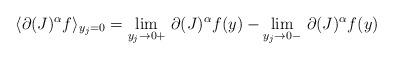
LaTeX: \begin{align*}\langle \partial(J)^\alpha f\rangle_{y_j=0} =\underset{y_j\to 0+}{\lim}\ \partial(J)^\alpha f(y) - \underset{y_j\to 0-}{\lim}\ \partial(J)^\alpha f(y)\end{align*}